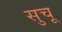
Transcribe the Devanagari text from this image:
सुचू